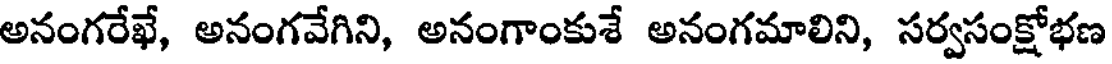
అనంగరేఖే, అనంగవేగిని, అనంగాంకుశే అనంగమాలిని, సర్వసంక్షోభణ